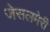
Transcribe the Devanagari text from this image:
जेसलमेरी